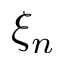
\xi _ { n }